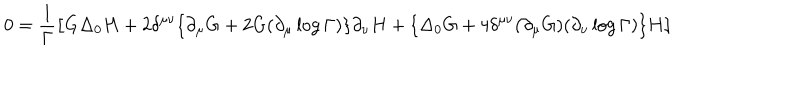
0 = \frac { 1 } { \Gamma } \big [ G \Delta _ { 0 } H + 2 \delta ^ { \mu \nu } \{ \partial _ { \mu } G + 2 G ( \partial _ { \mu } \log \Gamma ) \} \partial _ { \nu } H + \{ \Delta _ { 0 } G + 4 \delta ^ { \mu \nu } ( \partial _ { \mu } G ) ( \partial _ { \nu } \log \Gamma ) \} H \big ]